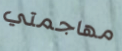
مهاجمتي